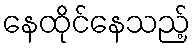
နေထိုင်နေသည့်